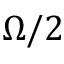
\Omega / 2